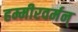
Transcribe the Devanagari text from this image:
हम्मीरवर्मन्